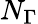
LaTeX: N_{\Gamma}